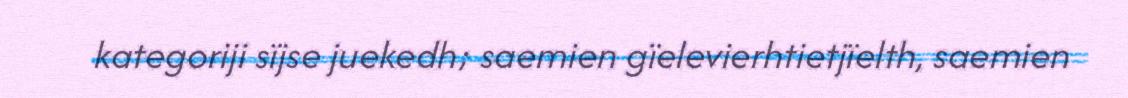
kategoriji sïjse juekedh; saemien gïelevierhtietjïelth, saemien